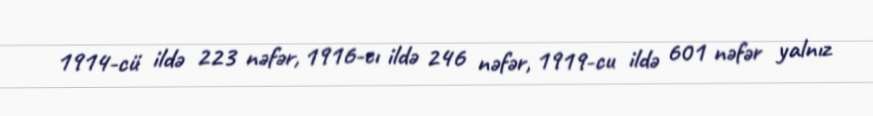
1914-cü ildə 223 nəfər, 1916-cı ildə 246 nəfər, 1919-cu ildə 601 nəfər yalnız